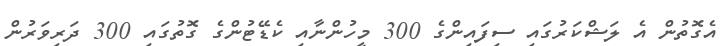
އެގޮތުން އެ ލަޝްކަރުގައި ސިފައިންގެ 300 މީހުންނާއި ކެޑޭޓުންގެ ގޮތުގައި 300 ދަރިވަރުން